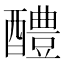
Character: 醴